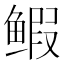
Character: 𫚥